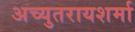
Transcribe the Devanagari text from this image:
अच्युतरायशर्मा